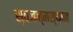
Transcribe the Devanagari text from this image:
स्वजन्मस्थान